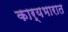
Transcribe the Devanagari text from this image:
कार्यभारात